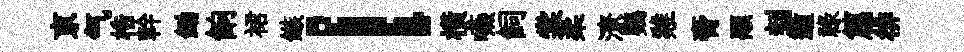
亰气梏幹鋤餉裙鏃！橫嚥飼棠柔潦鸚雞膏顒刲遁祿篇徘